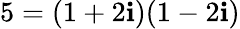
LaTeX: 5=(1+2\mathbf{i})(1-2\mathbf{i})